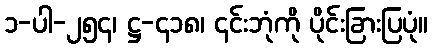
၁-ပါ-၂၅၄၊ ဋ္ဌ-၄၁၈၊ ၎င်းဘုံကို ပိုင်းခြားပြပုံ။